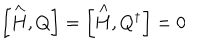
\left[ \stackrel { \wedge } { H } , Q \right] = \left[ \stackrel { \wedge } { H } , Q ^ { \dagger } \right] = 0